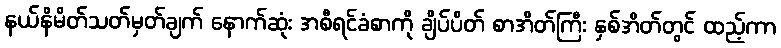
နယ်နိမိတ်သတ်မှတ်ချက် နောက်ဆုံး အစီရင်ခံစာကို ချိပ်ပိတ် စာအိတ်ကြီး နှစ်အိတ်တွင် ထည့်ကာ